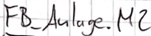
Text: FB_Anlage.M2